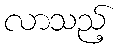
လာသည့်